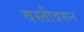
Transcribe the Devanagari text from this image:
वस्तीवरून